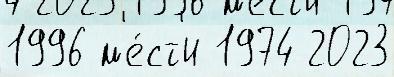
1996 м'е́ст'и 1974 2023